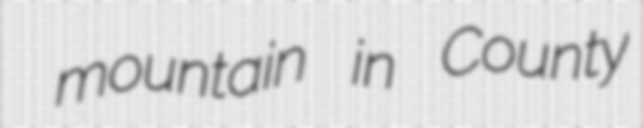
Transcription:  mountain in County